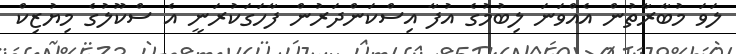
ލަވަ މުބާރާތުން އެއްވަނަ ލިބުމުގެ އުފާ އިސްކަންދަރުން ފާހަގަކުރަނީ އެ ސްކޫލުގެ މިޔުޒިކް